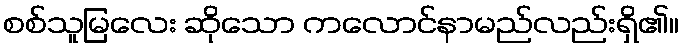
စစ်သူမြလေး ဆိုသော ကလောင်နာမည်လည်းရှိ၏။